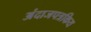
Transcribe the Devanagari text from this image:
अंदाजपत्रकिय